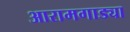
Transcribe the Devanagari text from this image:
आरामगाड्या